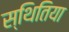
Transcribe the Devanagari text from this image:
स्थितिया